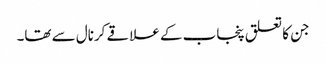
جن کا تعلق پنجاب کے علاقے کرنال سے تھا۔